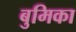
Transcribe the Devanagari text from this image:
बुमिका